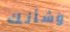
وشأنك